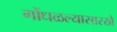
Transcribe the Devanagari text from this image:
गोंधळल्यासारखे